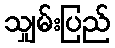
သျှမ်းပြည်